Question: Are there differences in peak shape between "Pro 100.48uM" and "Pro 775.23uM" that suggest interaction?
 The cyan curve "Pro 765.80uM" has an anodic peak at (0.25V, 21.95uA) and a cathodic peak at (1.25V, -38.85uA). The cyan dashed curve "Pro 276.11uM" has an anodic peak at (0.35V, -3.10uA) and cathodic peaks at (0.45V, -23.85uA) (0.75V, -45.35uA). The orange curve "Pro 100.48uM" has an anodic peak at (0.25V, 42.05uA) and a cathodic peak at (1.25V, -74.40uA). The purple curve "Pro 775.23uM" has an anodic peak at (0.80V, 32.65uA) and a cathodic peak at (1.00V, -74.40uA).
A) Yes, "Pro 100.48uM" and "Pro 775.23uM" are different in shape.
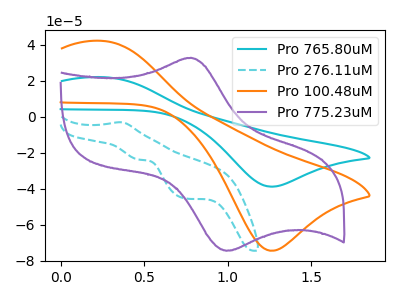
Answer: <think>"Pro 100.48uM" and "Pro 775.23uM" have at least one peak that do not match.
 </think>
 <answer>A) Yes, "Pro 100.48uM" and "Pro 775.23uM" are different in shape.</answer>
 <eval>A</eval>